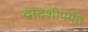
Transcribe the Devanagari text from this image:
द्वादशीपर्यंत